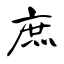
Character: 庶